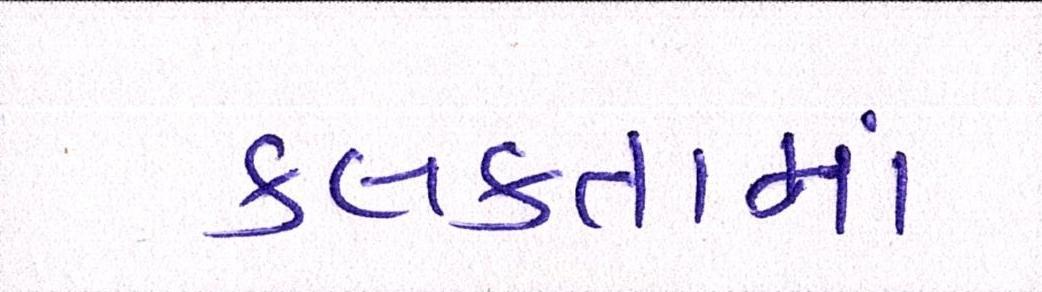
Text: કલકતામાં